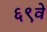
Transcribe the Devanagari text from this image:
६९वे